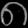
Digit: ၈